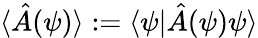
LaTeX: \langle\hat{A}(\psi)\rangle:=\langle\psi|\hat{A}(\psi)\psi\rangle